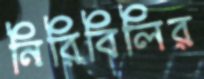
নিরিবিলির